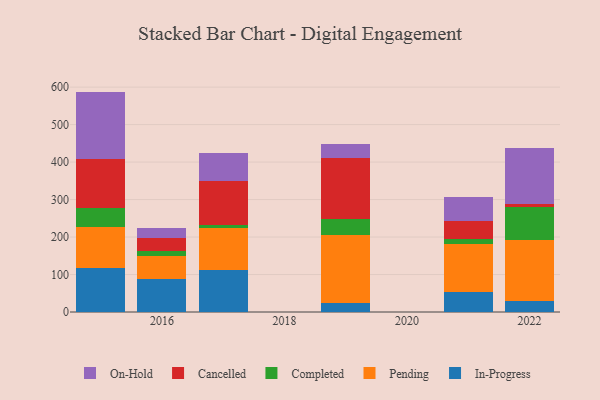
{"axis": {"x": "Year", "y": "Net Income (USD K)"}, "legend": ["Cancelled", "Completed", "In-Progress", "On-Hold", "Pending"], "data": [{"x": "2022", "y": 28.1, "type": "In-Progress"}, {"x": "2022", "y": 163.6, "type": "Pending"}, {"x": "2022", "y": 88.7, "type": "Completed"}, {"x": "2022", "y": 7.2, "type": "Cancelled"}, {"x": "2022", "y": 150.5, "type": "On-Hold"}, {"x": "2021", "y": 54.7, "type": "In-Progress"}, {"x": "2021", "y": 126.6, "type": "Pending"}, {"x": "2021", "y": 12.6, "type": "Completed"}, {"x": "2021", "y": 50.2, "type": "Cancelled"}, {"x": "2021", "y": 62.0, "type": "On-Hold"}, {"x": "2015", "y": 118.5, "type": "In-Progress"}, {"x": "2015", "y": 107.9, "type": "Pending"}, {"x": "2015", "y": 50.6, "type": "Completed"}, {"x": "2015", "y": 131.6, "type": "Cancelled"}, {"x": "2015", "y": 179.4, "type": "On-Hold"}, {"x": "2016", "y": 88.9, "type": "In-Progress"}, {"x": "2016", "y": 60.5, "type": "Pending"}, {"x": "2016", "y": 12.2, "type": "Completed"}, {"x": "2016", "y": 35.4, "type": "Cancelled"}, {"x": "2016", "y": 27.6, "type": "On-Hold"}, {"x": "2019", "y": 24.9, "type": "In-Progress"}, {"x": "2019", "y": 180.0, "type": "Pending"}, {"x": "2019", "y": 43.8, "type": "Completed"}, {"x": "2019", "y": 161.4, "type": "Cancelled"}, {"x": "2019", "y": 39.0, "type": "On-Hold"}, {"x": "2017", "y": 112.0, "type": "In-Progress"}, {"x": "2017", "y": 112.1, "type": "Pending"}, {"x": "2017", "y": 6.8, "type": "Completed"}, {"x": "2017", "y": 119.4, "type": "Cancelled"}, {"x": "2017", "y": 73.6, "type": "On-Hold"}]}